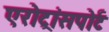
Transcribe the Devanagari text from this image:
एरोट्रांसपोर्ट